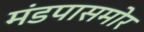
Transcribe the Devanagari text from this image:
मंडपासमोर